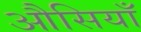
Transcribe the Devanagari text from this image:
औसियाँ